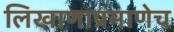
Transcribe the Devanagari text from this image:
लिखाणाप्रमाणेच